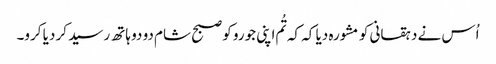
اُس نے دہقانی کو مشورہ دیا کہ کہ تُم اپنی جورو کو صبح شام دو دو ہاتھ رسید کر دیا کرو۔